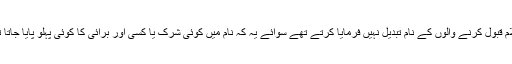
رسول اللہ ﷺ اسلام قبول کرنے والوں کے نام تبدیل نہیں فرمایا کرتے تھے سوائے یہ کہ نام میں کوئی شرک یا کسی اور برائی کا کوئی پہلو پایا جاتا تو تبدیل فرماتے۔